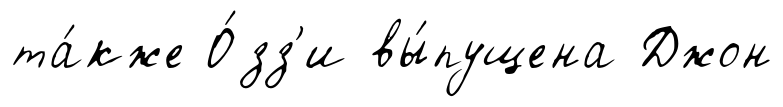
та́кже О́зз'и вы́пущена Джон